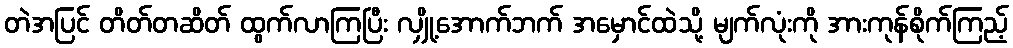
တဲအပြင် တိတ်တဆိတ် ထွက်လာကြပြီး လျှို့အောက်ဘက် အမှောင်ထဲသို့ မျက်လုံးကို အားကုန်စိုက်ကြည့်